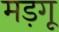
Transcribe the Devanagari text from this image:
मड़गू